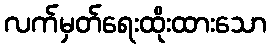
လက်မှတ်ရေးထိုးထားသော